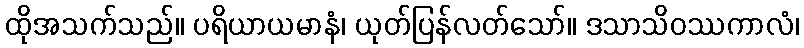
ထိုအသက်သည်။ ပရိယာယမာနံ၊ ယုတ်ပြန်လတ်သော်။ ဒသာသိဝဿကာလံ၊